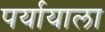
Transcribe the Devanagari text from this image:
पर्यायाला